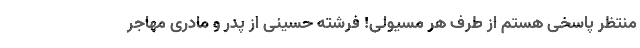
منتظر پاسخی هستم از طرف هر مسئولی! فرشته حسینی از پدر و مادری مهاجر